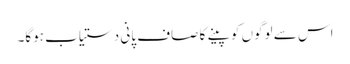
اس سے لوگوں کو پینے کا صاف پانی دستیاب ہوگا۔